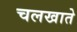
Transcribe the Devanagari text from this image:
चलखाते